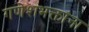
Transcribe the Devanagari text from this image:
गणेशभक्तांना